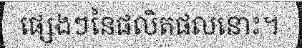
ផ្សេងៗនៃផលិតផលនោះ។